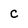
Character: C